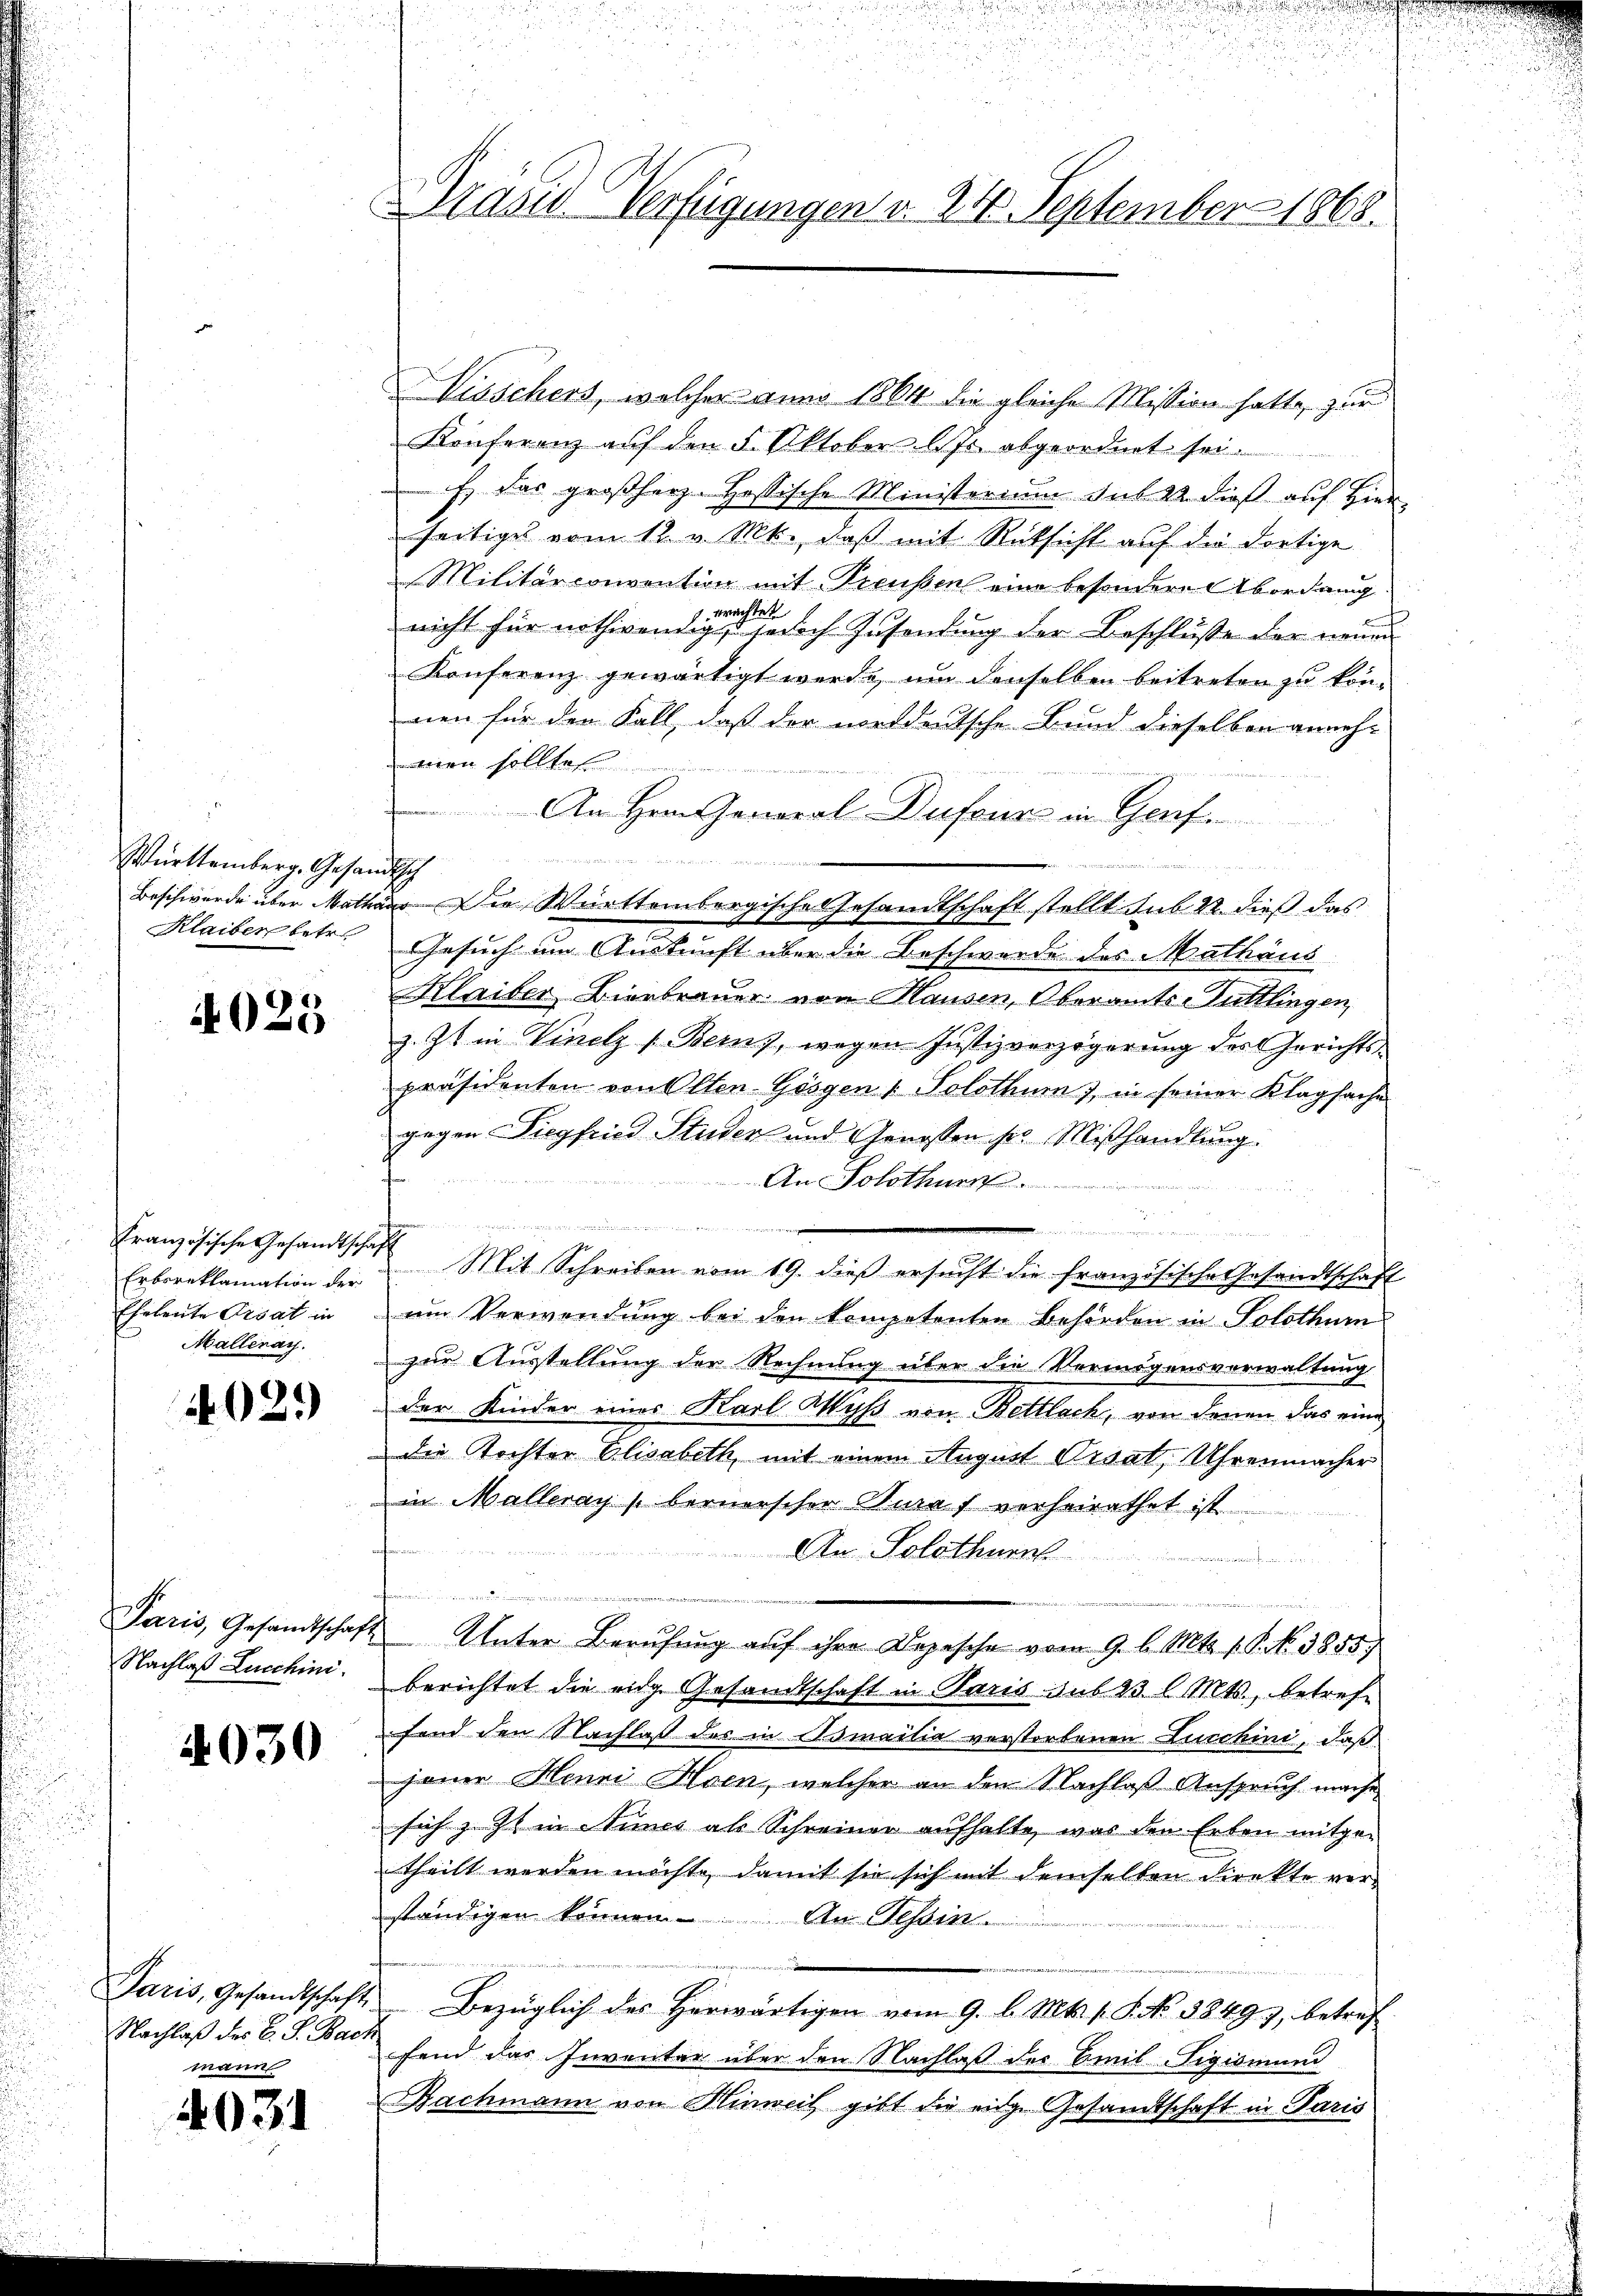
Württemberg, Gesandtsch
Klaiben betr.

4025

Französische Gesandtschaft
Malleray.

02.)

Paris, Gesandtschaf
Nachlaß Lucchini

4030

Nachlaß des C. S. Bach
mann

4031

Dräsd Verfügungen v. 24. September 1868.

isschert, welcher anno 1864 die gleiche Mission hatte, zur
Konferenz auf den 5. Oktober l. Js. abgeordnet sei.
E. das großherz. Hessische Ministerium sub 22 dieß auf Hierseitiges vom 12. v. Mts., daß mit Rücksicht auf die dortige
Militarconvention mit Preußen eine besondere Abordnung
nicht für nothwendigen eine jedoch Zusendung der Beschluße der neuen
Konferenz gewärtigt werde, um denselben beitreten zu kön-
nen für der Fall, daß der weideutsche Bund dieselben anneh-
men sollte
An Hrn. General-Dufour in Genf.

Beschwerde über Mathaus. Die Württembergische Gesandtschaft stellt sub 22. dieß das
Gesuch um Auskunft über die Beschwerde des Mathäus
Klaiber, Bierbrauer von Hausen, Oberamts-uttlingen,
z. Zt. in Vinelz (Berns, wegen Justizverzögerung des Gerichtspräsidenten von Olten Gösgen ( Solothum), in seiner Klagsache
gegen Siegfried Studer und Genossen s. Mißhandlung.
An Solothurn.

a
Erboreklamation der Mit Schreiben vom 19. dieß ersucht die französische Gesandtschaft
Eheleute Ersat in um Verwendung bei den kompetenten Behörden in Solothur
zur Ausstellung der Rechnung über die Vermögensverwaltung
der Kinder eines Karl Wyss von Bettlach, von denen das eine
die Tochter Elisabeth, mit einem August Visa Uhrenmacher
in Malleray bernerscher Juraf verheirathet ist
An Solothurn
2 Unter Berufung auf ihre Depesche vom 9. l. Mts. 1. S. No. 3855)
berichtet die eidg. Gesandtschaft in Paris aus 23 l. Mts., betreffand den Nachlaß des in Namentie verstorbenen Lunchini, daß
jener Henni Hoen, welcher an den Nachlaß Anspruch mache
sich z. Zt. in Stimes als Schreiner aufhalte, was den Erben mitge-
theilt werden möchte, damit sie sich mit demselben direkte verständigen können. An Tessin

Paris, Gesandtschaft Bezüglich des herwärtigen vom 9. l. Mts. s. S. No. 38497, betref
fend das Inventar über den Nachlaß des Omil-Figismund
Nachmann von Hinweil gibt die eidge Gesandtschaft in Paris